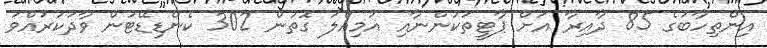
އިންތިހާބުގެ 85 ދާއިރާ އަށް ޕާޓީތަކުންނާއި އަމިއްލަ ގޮތުން 302 ކެންޑިޑޭޓުން ވާދަކުރައްވަ